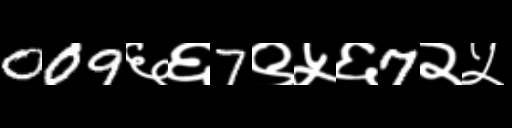
Text: 009६६7९५६7२५